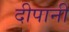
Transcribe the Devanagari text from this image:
दीपानी